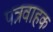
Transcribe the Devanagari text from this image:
पत्रवाहक